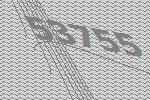
53755